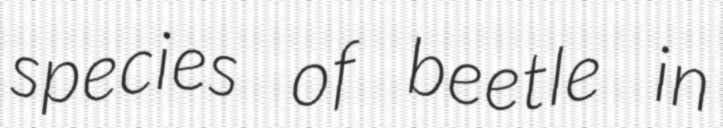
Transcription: species of beetle in